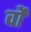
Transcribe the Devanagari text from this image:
वॉै